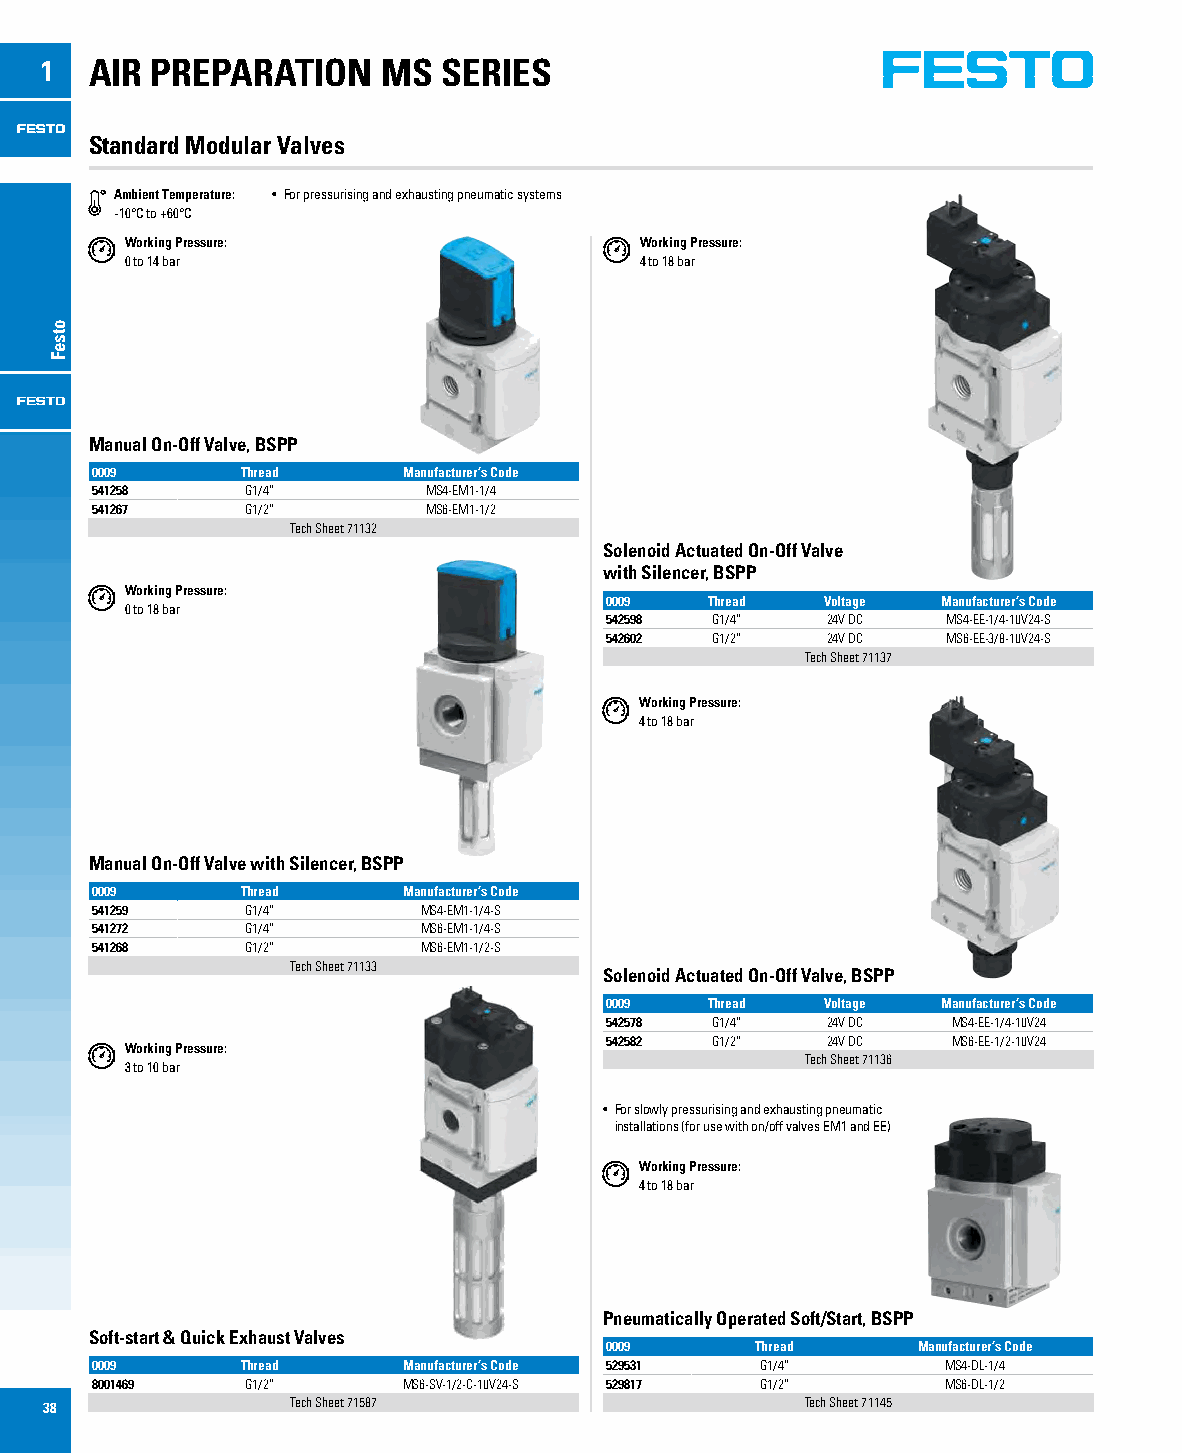
1  AIR PREPARATION    MS  SERIES
 Standard Modular Valves
 Ambient Temperature: • For pressurising and exhausting pneumatic systems
 -10°C to +60°C
 Working Pressure:                 Working Pressure:
 0 to 14 bar                       4 to 18 bar
 Manual On-Off Valve, BSPP
 0009      Thread     Manufacturer’s Code
 541258    G1/4”       MS4-EM1-1/4
 541267    G1/2”       MS6-EM1-1/2
 Tech Sheet 71132
 Solenoid Actuated On-Off Valve
 with Silencer, BSPP
 Working Pressure:
 0009   Thread  Voltage Manufacturer’s Code
 0 to 18 bar
 542598 G1/4”   24V DC  MS4-EE-1/4-10V24-S
 542602 G1/2”   24V DC  MS6-EE-3/8-10V24-S
 Tech Sheet 71137
 Working Pressure:
 4 to 18 bar
 Manual On-Off Valve with Silencer, BSPP
 0009      Thread     Manufacturer’s Code
 541259    G1/4”       MS4-EM1-1/4-S
 541272    G1/4”       MS6-EM1-1/4-S
 541268    G1/2”       MS6-EM1-1/2-S
 Tech Sheet 71133
 Solenoid Actuated On-Off Valve, BSPP
 0009   Thread  Voltage Manufacturer’s Code
 542578 G1/4”   24V DC  MS4-EE-1/4-10V24
 542582 G1/2”   24V DC  MS6-EE-1/2-10V24
 Working Pressure:
 Tech Sheet 71136
 3 to 10 bar
 • For slowly pressurising and exhausting pneumatic
 installations (for use with on/off valves EM1 and EE)
 Working Pressure:
 4 to 18 bar
 Pneumatically Operated Soft/Start, BSPP
 Soft-start & Quick Exhaust Valves
 0009      Thread     Manufacturer’s Code
 0009      Thread     Manufacturer’s Code 529531 G1/4”    MS4-DL-1/4
 8001469   G1/2”      MS6-SV-1/2-C-10V24-S 529817 G1/2”   MS6-DL-1/2
 38              Tech Sheet 71587                  Tech Sheet 71145
 otseF